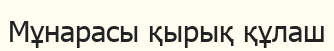
Мұнарасы қырық құлаш